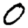
Digit: 0